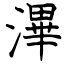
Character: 滭